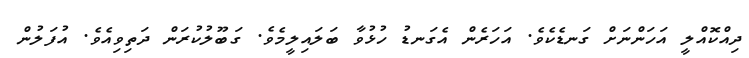
ދިއްކޮއްލީ އަހަންނަށް ގަނޑެކެވެ. އަހަރެން އެގަނޑު ހުޅުވާ ބަލައިލީމެވެ. ގަބޫލުކުރަން ދަތިވިއެވެ. އުފަލުން